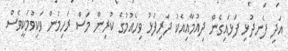
އަދި ފެނދުޅި ފަޅައިގެން ދިއުމާއިއެކު ދަރިފުޅު ވިހެއުމުގެ ކުރިން މަސް ރަހިމުން ވަކިވުމަކީވެސް